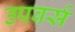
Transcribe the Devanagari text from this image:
उपवर्स